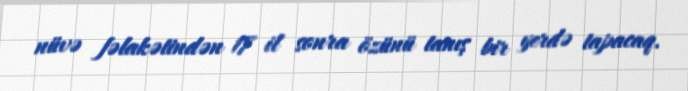
nüvə fəlakətindən 17 il sonra özünü tanış bir yerdə tapacaq.